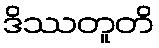
ဒိဿတူတိ